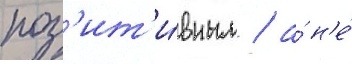
поз'ит'и́вным / а́ н'е́